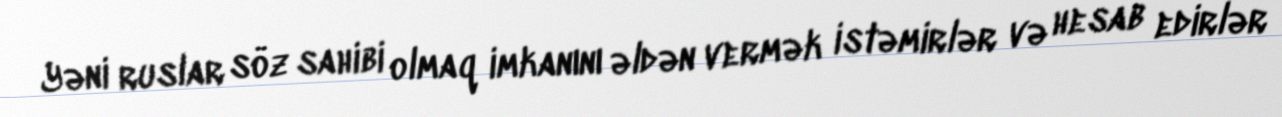
Yəni ruslar söz sahibi olmaq imkanını əldən vermək istəmirlər və hesab edirlər